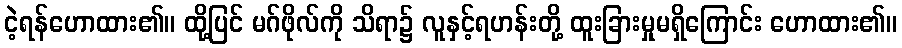
ငဲ့ရန်ဟောထား၏။ ထို့ပြင် မဂ်ဖိုလ်ကို သိရာ၌ လူနှင့်ရဟန်းတို့ ထူးခြားမှုမရှိကြောင်း ဟောထား၏။